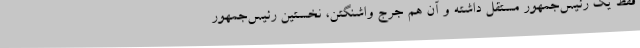
فقط یک رئیس‌جمهور مستقل داشته و آن هم جرج واشنگتن، نخستین رئیس‌جمهور